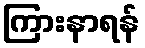
ကြားနာရန်